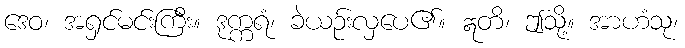
ဒေဝ၊ အရှင်မင်းကြီး။ ဒုက္ကရံ၊ ခဲယဉ်းလှပေ၏။ ဣတိ၊ ဤသို့။ အာဟံသု၊